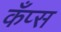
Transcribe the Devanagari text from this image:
कँप्स